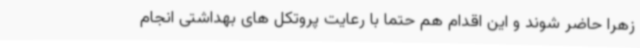
زهرا حاضر شوند و این اقدام هم حتما با رعایت پروتکل های بهداشتی انجام